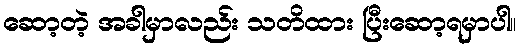
ဆော့တဲ့ အခါမှာလည်း သတိထား ပြီးဆော့ရမှာပါ။